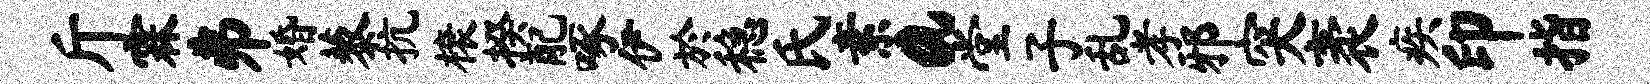
斤霖井婚藜抗榱揆配啄伊於稳氏素a堂子乱孝邪突袤疾印指